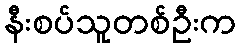
နီးစပ်သူတစ်ဦးက